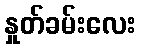
နှုတ်ခမ်းလေး